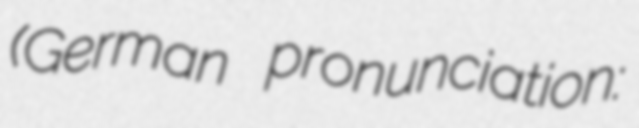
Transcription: (German pronunciation: